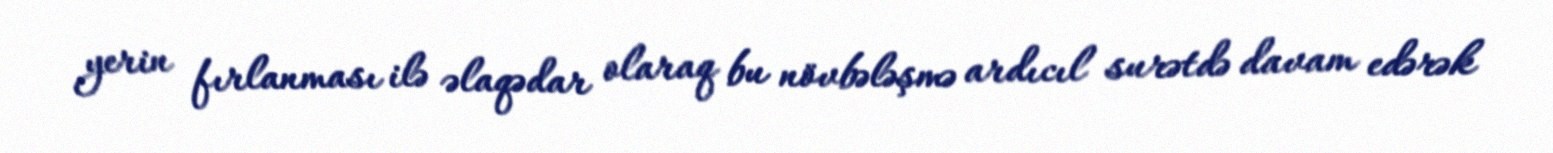
yerin fırlanması ilə əlaqədar olaraq bu növbələşmə ardıcıl surətdə davam edərək